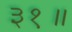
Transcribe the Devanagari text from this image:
३१॥